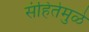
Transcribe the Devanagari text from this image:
संहितेमुळे